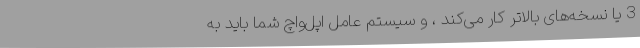
3 یا نسخه‌های بالاتر کار می‌کند ، و سیستم عامل اپل‌واچ شما باید به